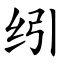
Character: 纼